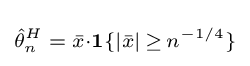
\scriptstyle {\hat {\theta }}_{n}^{H}\;=\;{\bar {x}}\cdot \mathbf {1} \{|{\bar {x}}|\,\geq \,n^{-1/4}\}